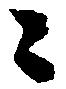
々